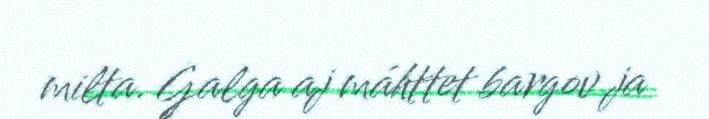
milta. Galga aj máhttet bargov ja